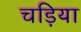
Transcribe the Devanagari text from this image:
चड़िया